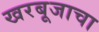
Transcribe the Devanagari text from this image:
खरबूजाचा